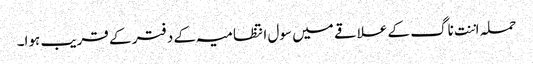
حملہ اننت ناگ کے علاقے میں سول انتظامیہ کے دفتر کے قریب ہوا۔